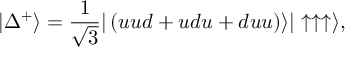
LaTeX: \vert \Delta ^ { + } \rangle = { \frac { 1 } { \sqrt { 3 } } } \vert \left( u u d + u d u + d u u \right) \rangle \vert \uparrow \uparrow \uparrow \rangle ,